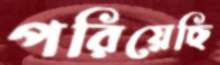
পরিয়েছি